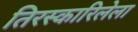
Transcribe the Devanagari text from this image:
तिरस्कारिलेला